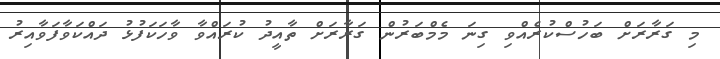
މި ގަރާރަށް ބަހުސްކުރެއްވި ގިނަ މެމްބަރުން ގަރާރަށް ތާއީދު ކުރައްވާ ވާހަކަފުޅު ދައްކަވާފަވާއިރު